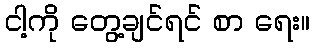
ငါ့ကို တွေ့ချင်ရင် စာ ရေး။